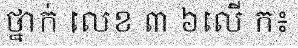
ថ្នាក់ លេខ ៣ ៦លើ ក៖